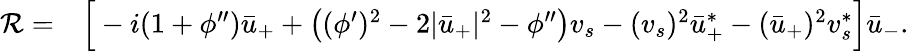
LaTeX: \begin{array}{rl}{{\mathcal{R}}=}&{{}\Big[-i(1+\phi^{\prime\prime})\bar{u}_{+}+\left((\phi^{\prime})^{2}-2|\bar{u}_{+}|^{2}-\phi^{\prime\prime}\right)v_{s}-(v_{s})^{2}\bar{u}_{+}^{*}-(\bar{u}_{+})^{2}v_{s}^{*}\Big]\bar{u}_{-}.}\end{array}